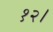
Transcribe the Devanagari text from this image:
१२।